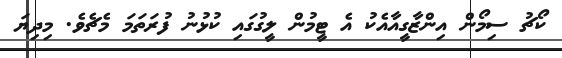
ކޯޗު ސިމޯން އިންޒާގީއާއެކު އެ ޓީމުން ލީގުގައި ކުޅުނު ފުރަތަމަ މެޗެވެ. މިދިޔަ